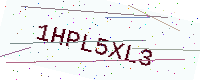
Text: 1HPL5XL3